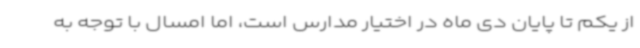
از یکم تا پایان دی ماه در اختیار مدارس است، اما امسال با توجه به